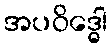
အပဝိဒ္ဓေါ